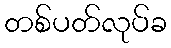
တစ်ပတ်လုပ်ခ